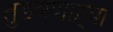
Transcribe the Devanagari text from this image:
तुडवणाऱ्या